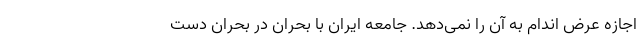
اجازه عرض اندام به آن را نمی‌دهد. جامعه ایران با بحران در بحران دست